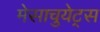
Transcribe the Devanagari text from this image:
मेसाचुयेट्स